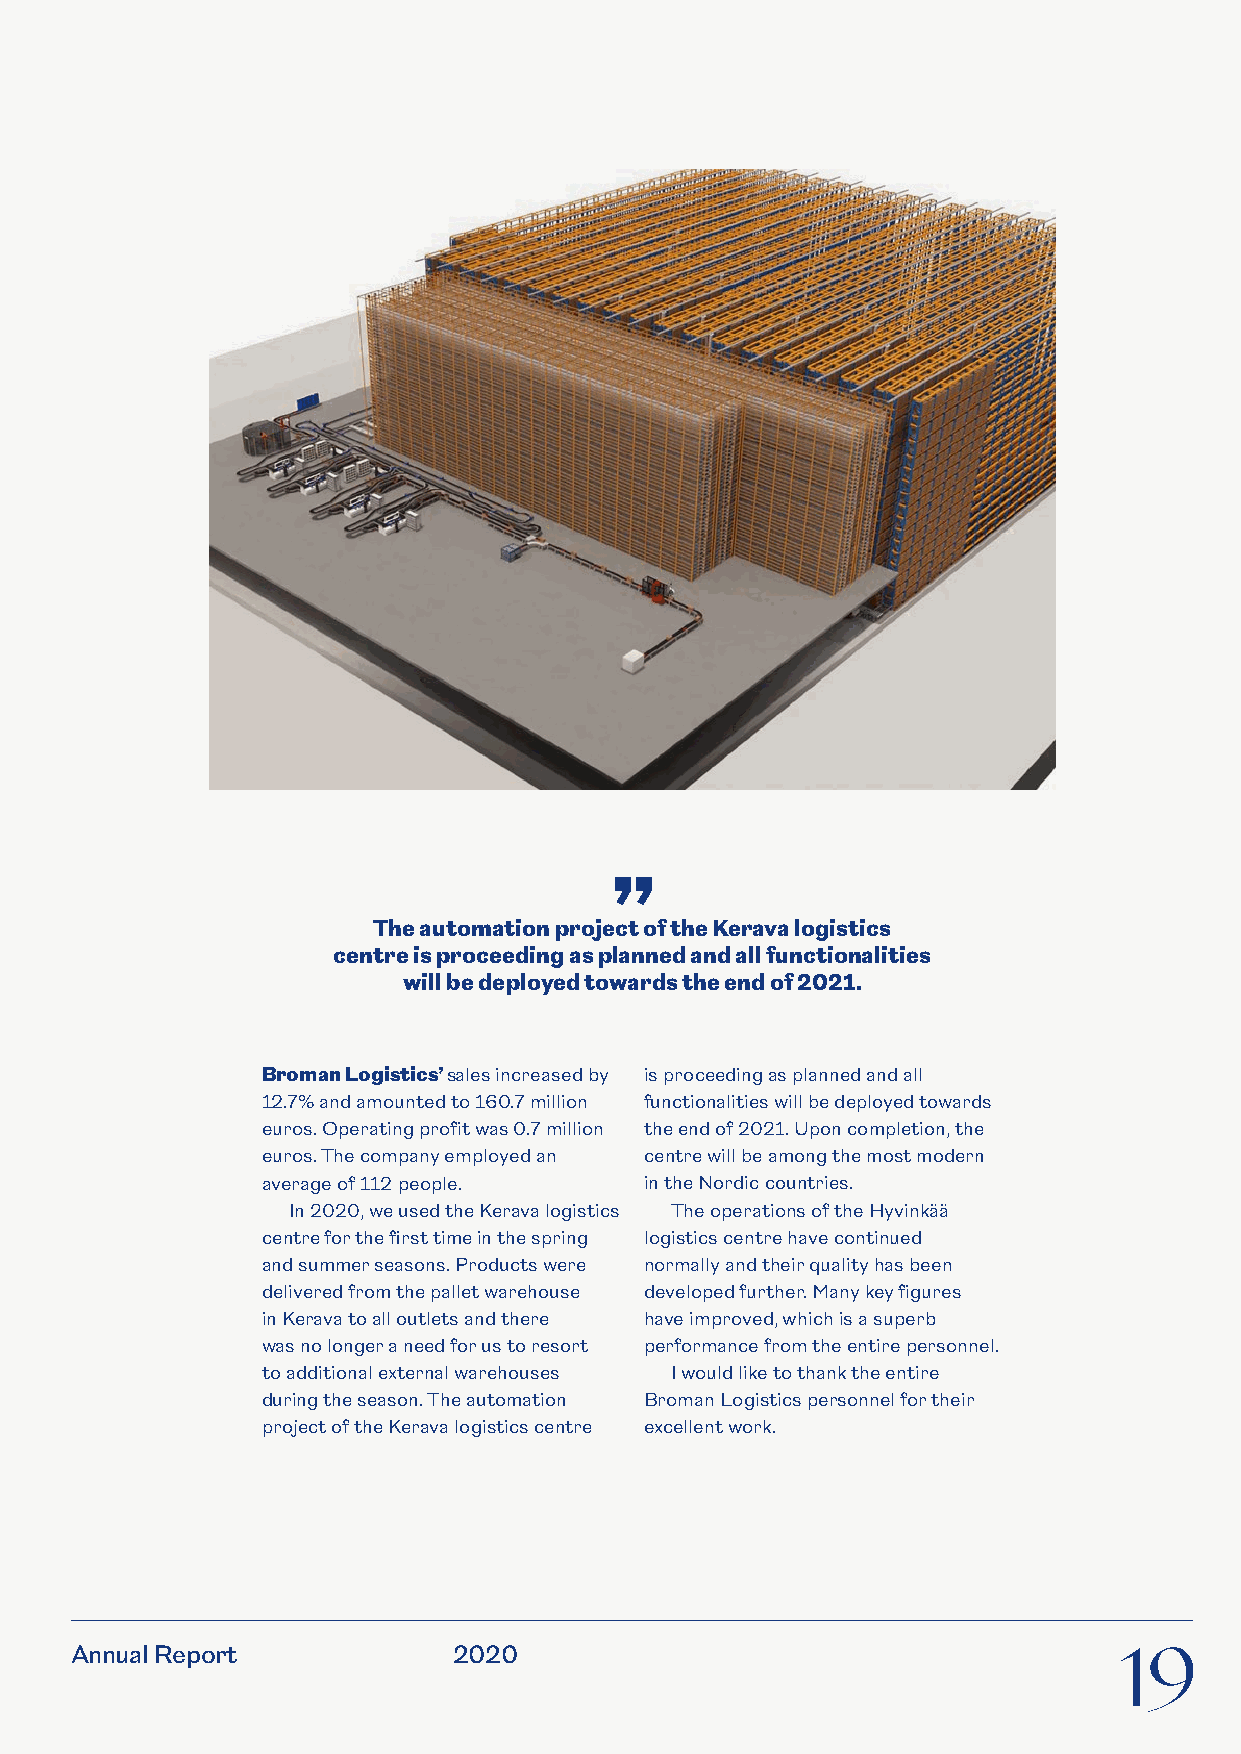
”
 The automation project of the Kerava logistics
 centre is proceeding as planned and all functionalities
 will be deployed towards the end of 2021.
 Broman Logistics’ sales increased by is proceeding as planned and all
 12.7% and amounted to 160.7 million functionalities will be deployed towards
 euros. Operating profit was 0.7 million the end of 2021. Upon completion, the
 euros. The company employed an centre will be among the most modern
 average of 112 people.    in the Nordic countries.
 In 2020, we used the Kerava logistics The operations of the Hyvinkää
 centre for the first time in the spring logistics centre have continued
 and summer seasons. Products were normally and their quality has been
 delivered from the pallet warehouse developed further. Many key figures
 in Kerava to all outlets and there have improved, which is a superb
 was no longer a need for us to resort performance from the entire personnel.
 to additional external warehouses I would like to thank the entire
 during the season. The automation Broman Logistics personnel for their
 project of the Kerava logistics centre excellent work.
 Annual Report            2020                                        19